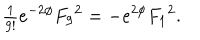
{ \textstyle \frac { 1 } { 9 ! } } e ^ { - 2 \phi } { F _ { 9 } } ^ { 2 } = - { e } ^ { 2 \phi } { F _ { 1 } } ^ { 2 } .